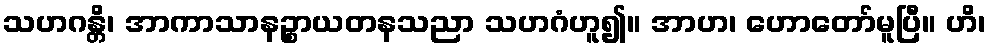
သဟဂန္တိ၊ အာကာသာနဉ္စာယတနသညာ သဟဂံဟူ၍။ အာဟ၊ ဟောတော်မူပြီ။ ဟိ၊